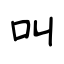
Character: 叫